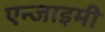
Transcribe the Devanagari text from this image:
एन्जाइमी